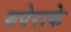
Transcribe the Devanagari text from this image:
रुपेराके